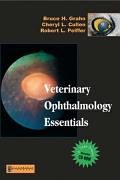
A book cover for Veterinary Ophthalmology Essentials with CD-ROM, 1e; Bruce H. Grahn DVM  DABVP  DACVO; Medical Books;